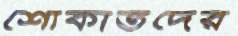
শোকার্তদের